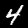
Label: 4